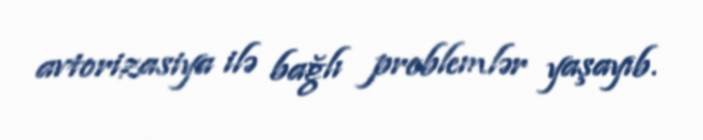
avtorizasiya ilə bağlı problemlər yaşayıb.